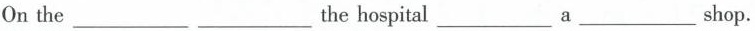
On the ___ ___ the hospital ___ a ___